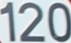
120